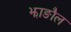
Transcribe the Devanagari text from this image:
झाङौल